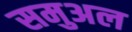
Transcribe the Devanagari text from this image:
समुअल